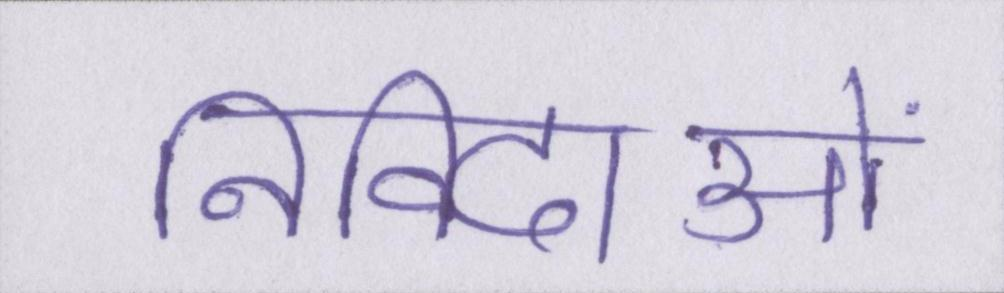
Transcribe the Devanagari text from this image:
निविदाओं